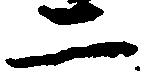
二